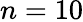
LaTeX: n=10